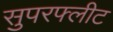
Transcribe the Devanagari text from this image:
सुपरफ्लीट